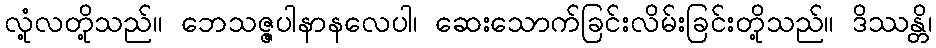
လုံ့လတို့သည်။ ဘေသဇ္ဇပါနာနလေပါ၊ ဆေးသောက်ခြင်းလိမ်းခြင်းတို့သည်။ ဒိဿန္တိ၊